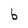
Character: b